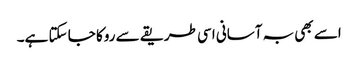
اسے بھی بہ آسانی اسی طریقے سے روکا جا سکتا ہے۔